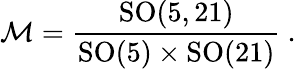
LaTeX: {\cal M}=\frac{\mathrm{SO}(5,21)}{\mathrm{SO}(5)\times\mathrm{SO}(21)}\ .